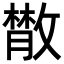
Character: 𢿱